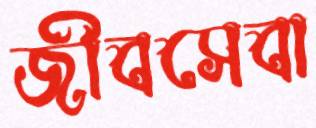
জীবসেবা